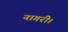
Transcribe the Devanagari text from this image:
नागरी।